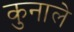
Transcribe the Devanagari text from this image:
कुनाले